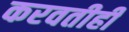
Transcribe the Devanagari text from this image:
करवतीही